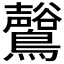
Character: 𪇟